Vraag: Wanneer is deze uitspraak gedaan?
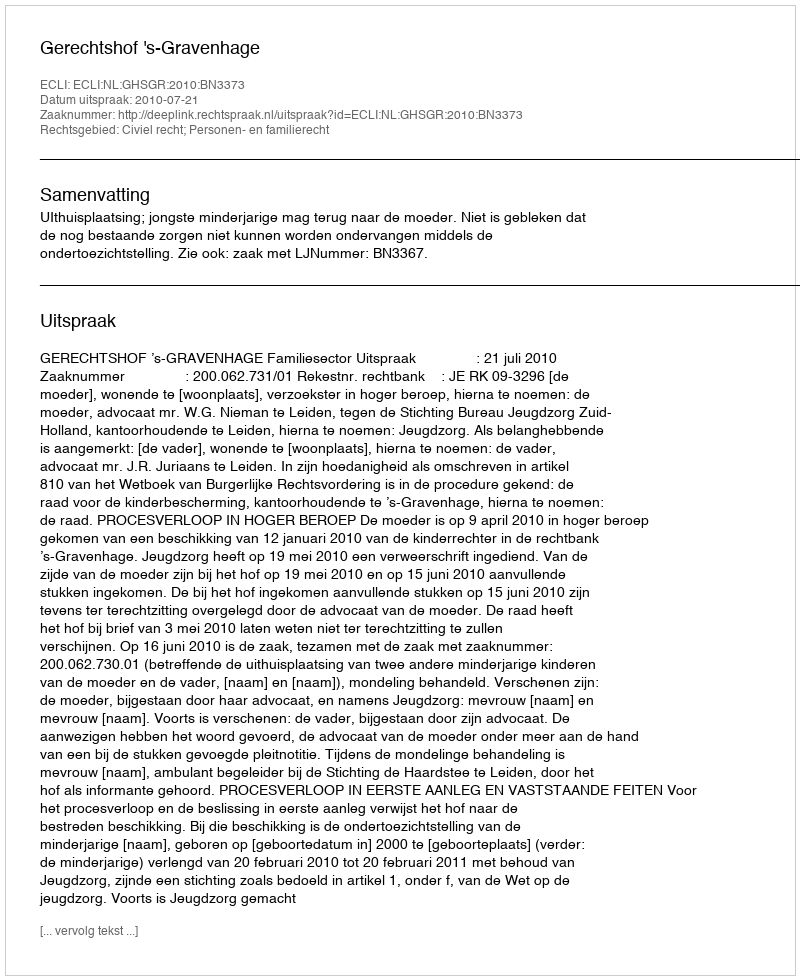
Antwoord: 2010-07-21